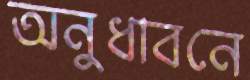
অনুধাবনে